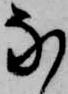
な